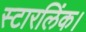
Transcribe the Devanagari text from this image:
स्टारलिंक।